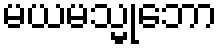
မယမသ္မုဘော